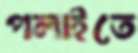
পলাইতে